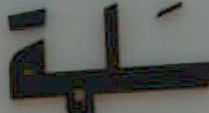
سلية